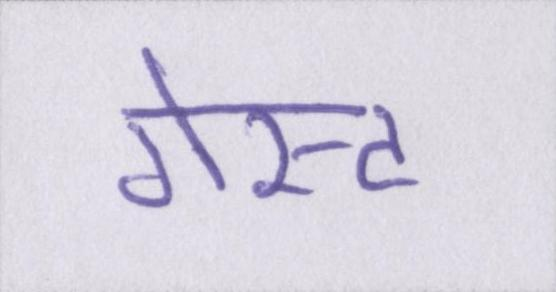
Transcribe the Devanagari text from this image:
गेस्ट